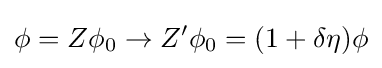
\phi =Z\phi _{0}\to Z'\phi _{0}=(1+\delta \eta )\phi